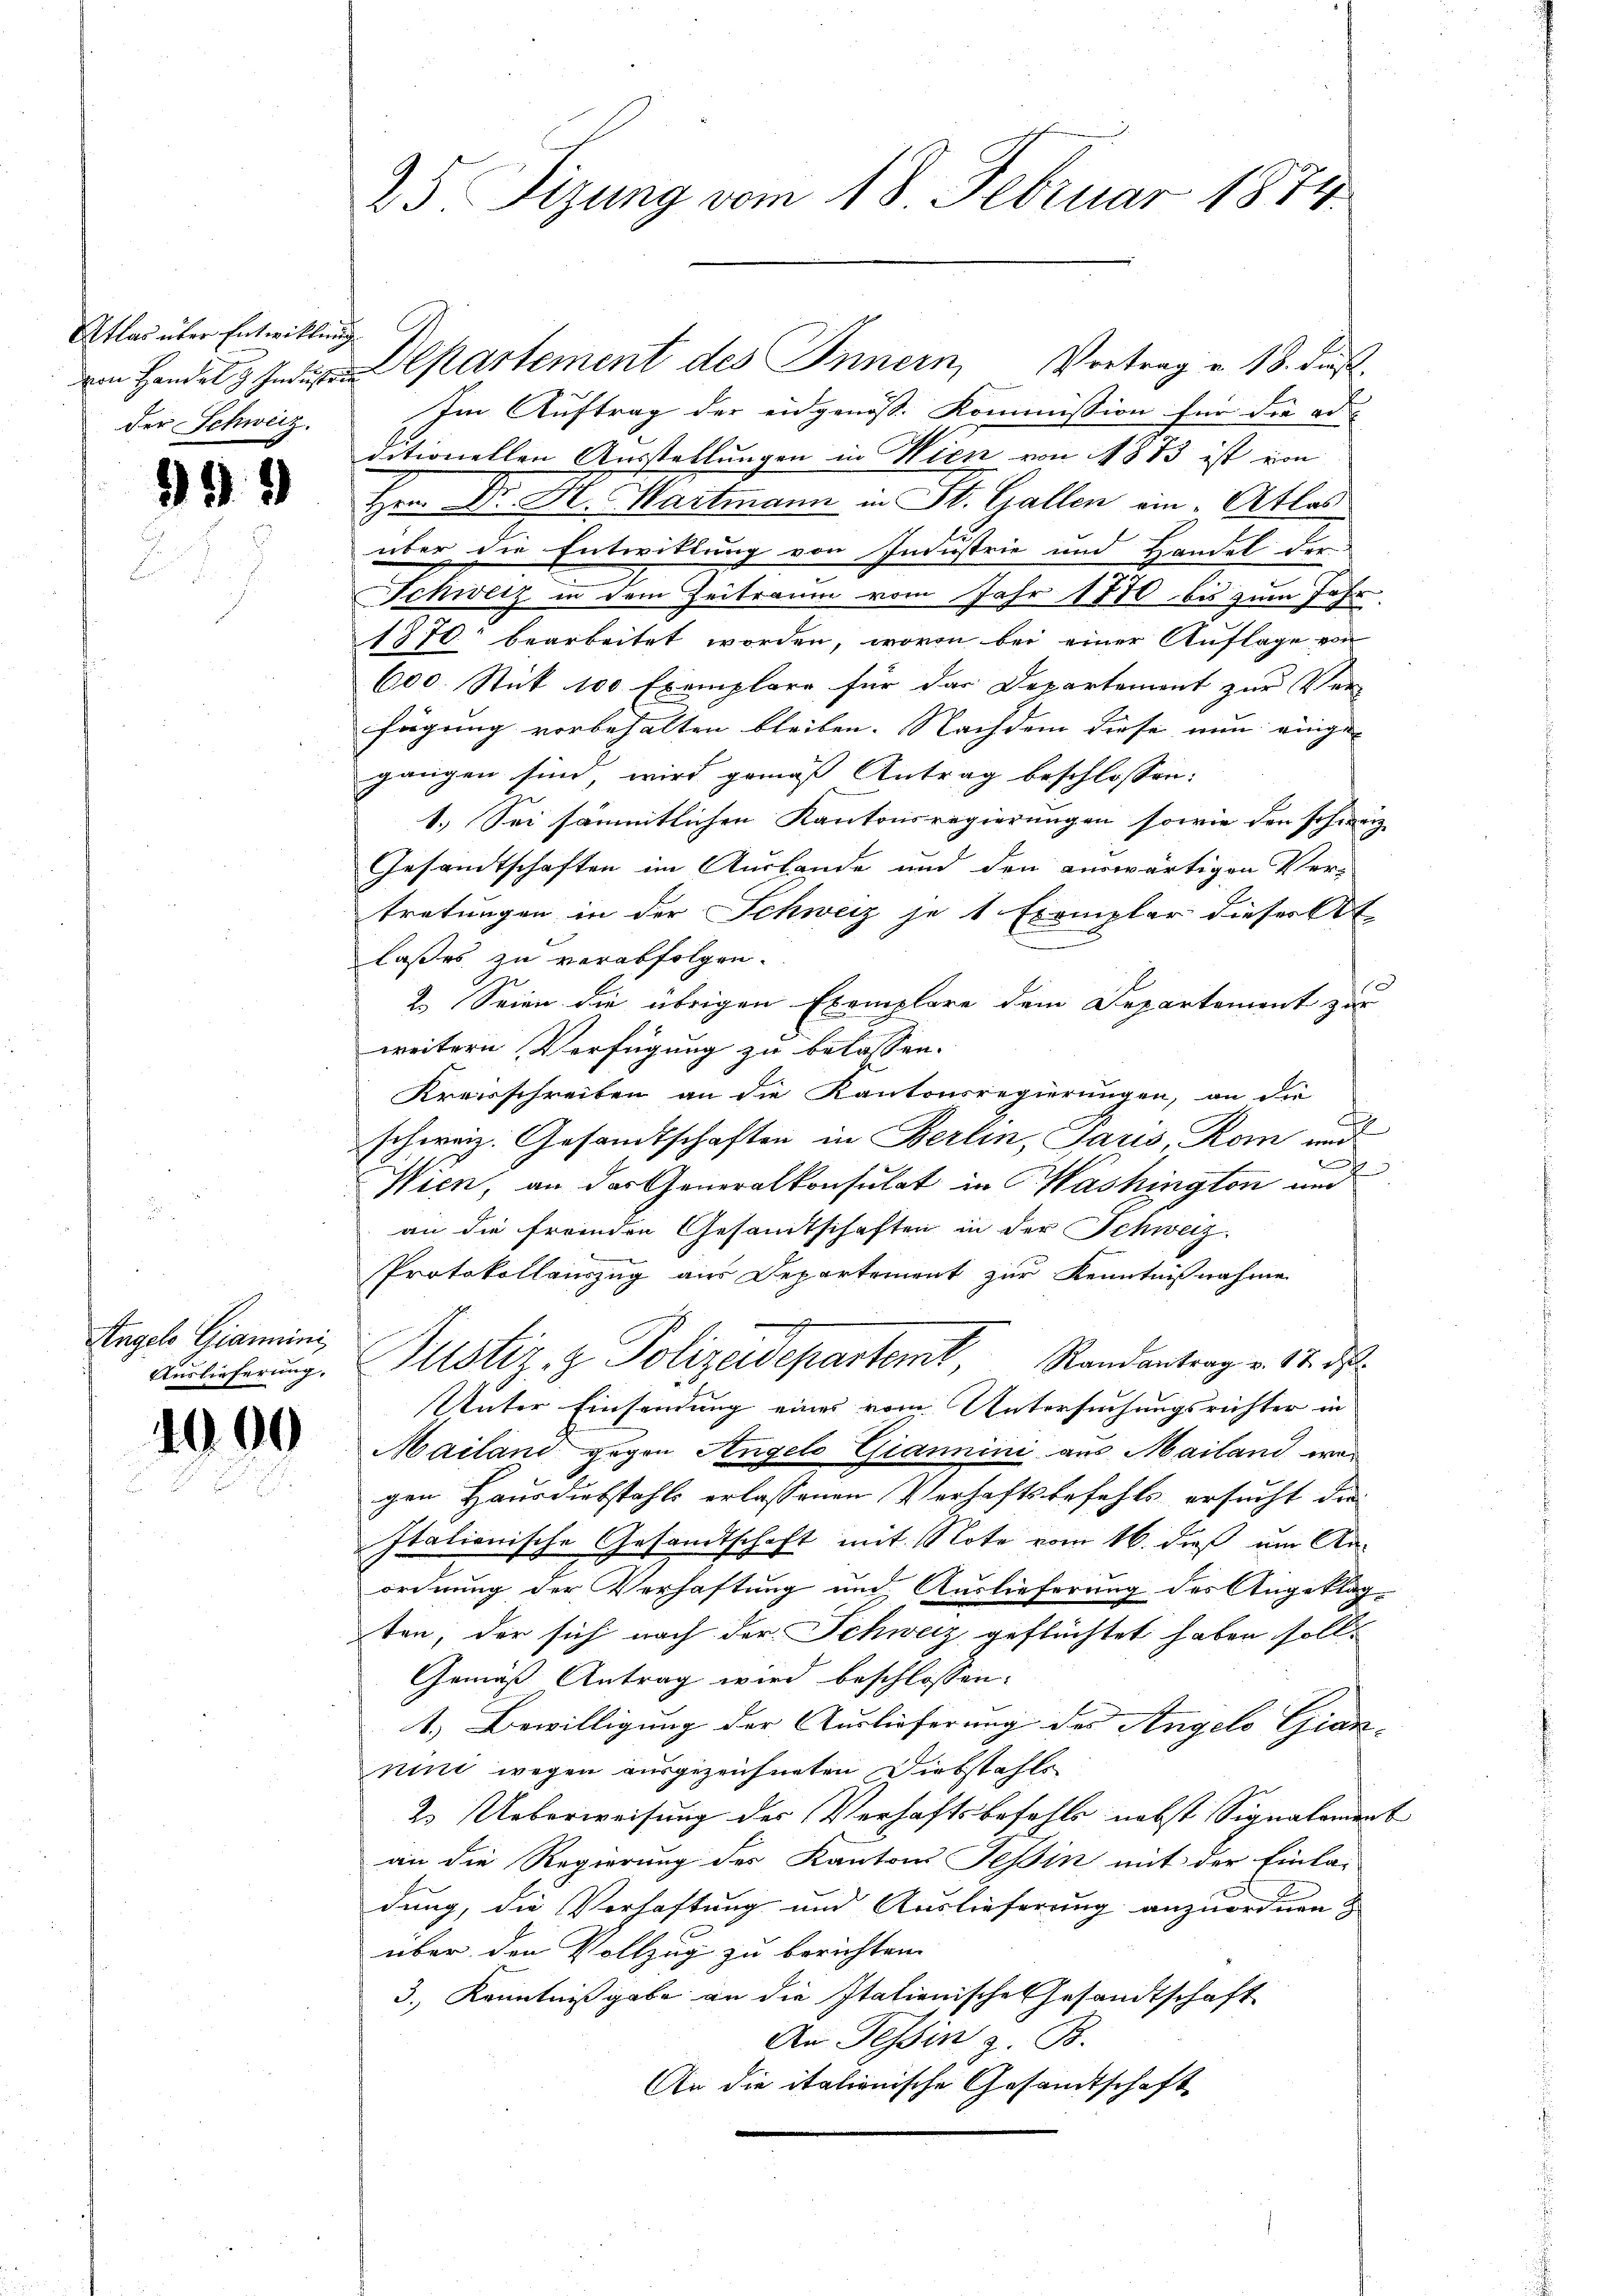
Atlas über Entwicklung
der Schweiz.

299

Angelo Giamminis

Im Auftrag der eidgenöss. Kommission für die ad
ditionellen Ausstellungen in Wien von 1873 ist von
Hrn. Dr. H. Wartmann in St. Gallen ein Atlas
l
über die Entwittung von Industrie und Handel der
Schweiz in dem Zeitraum vom Jahr 1770 bis zum Jahr
1870 bearbeitet worden, wovon bei einer Auflage von
600. Stut 100 Exemplare für das Departement zur Ver-
fügung vorbehalten bleiben. Nachdem diese nun einge- |
gangen sind, wird gemäß Antrag beschlossen:
1.) Sei sämmtlichen Kantonsregierungen sowie den schweiz
Gesandtschaften im Auslande und den auswärtigen Ver-
tretungen in der Schweiz je 1 Exemplar dieser At
laßes zu verabfolgen.
2.) Seien die übrigen Exemplare dem Departement zur
weitern Verfügung zu belassen.
Kreisschreiben an die Kantonsregierungen, an die
2
schweiz. Gesamtschaften in Berlin, Paris Rom und
e
e
Nien, an das Generalkonsulat in Washington und
an die fremden Gesamtschaften in der Schweiz.
Protokollauszug aus Departement zur Kenntnißnahme
Aŭssicherŭng. Plister, z. Polizeidepartemt, Randantrag v. 17. ds.
Unter Einsendung eines vom Untersuchungsrichter in
Mailand gegen Angels Giannini aus Mailand war
gen Hausdiebstahls erlassenen Verhaftsbefehls ersucht der
Italionische Gesandtschaft mit Note vom 16. dieß um Anordnung der Verhaftung und Auslieferung des Angeklag
ten, der sich nach der Schweiz geflüchtet haben soll.
Gemäß Antrag wird beschlossen:
1.) Bewilligung der Auslieferung des Angelo Gian- |
nuti wegen ausgezeichneten Diebstahls
2. Ueberweisung des Verhaftsbefehls nebst Signalement
an die Regierung des Kantons Tessin mit der Einla-
dung, die Verhaftung und Auslieferung anzuordnen.
über den Vollzug zu berichten.
3., Kenntnißgabe an die Itationische Gesandtschaft
An Tessin z. B.
An die italionische Gesandtschaft

25 Sizung vom 18. Februar 1874.

von Handel partement des Innern, Vortrag v. 18. dies